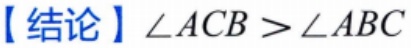
【结论】$\angle ACB > \angle ABC$